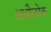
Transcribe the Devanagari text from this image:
अधौलोक